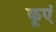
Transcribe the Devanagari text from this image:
कूएं